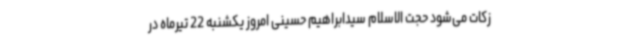
زکات می‌شود حجت الاسلام سیدابراهیم حسینی امروز یکشنبه 22 تیرماه در